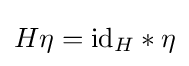
H\eta =\mathrm {id} _{H}*\eta